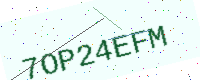
Text: 7OP24EFM